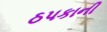
ઠપકાની